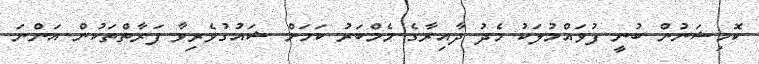
ކޮމިޝަނުން ބުނީ ފުވައްމުލަކު މެދު ދާއިރާގެ މެމްބަރު ކަމަށް ޝައުގުވެރިވާ ފަރާތްތަކުން އަންނަ